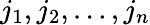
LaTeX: j_{1},j_{2},\dots,j_{n}